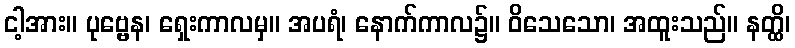
ငါ့အား။ ပုဗ္ဗေန၊ ရှေးကာလမှ။ အပရံ၊ နောက်ကာလ၌။ ဝိသေသော၊ အထူးသည်။ နတ္ထိ၊